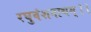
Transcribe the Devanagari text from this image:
रघुवंशनाथम्।।